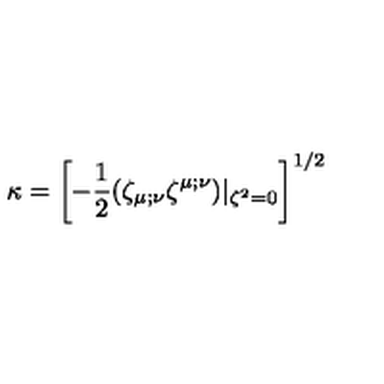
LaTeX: \kappa = \left[ - { \frac { 1 } { 2 } } ( \zeta _ { \mu ; \nu } \zeta ^ { \mu ; \nu } ) | _ { \zeta ^ { 2 } = 0 } \right] ^ { 1 / 2 }